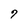
Character: 7